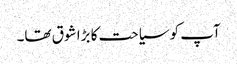
آپ کو سیاحت کا بڑا شوق تھا۔